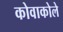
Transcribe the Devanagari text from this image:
कोवाकोले